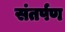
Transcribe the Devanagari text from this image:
संतर्पण